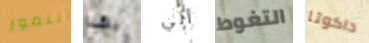
النمور بهذا ألي التغوط داكوتا